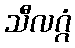
သီလဂ္ဂံ